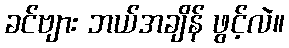
ခင်ဗျား ဘယ်အချိန် ဖွင့်လဲ။